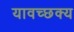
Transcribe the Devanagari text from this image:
यावच्छक्य